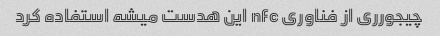
چیجورری از فناوری nfc این هدست میشه استفاده کرد